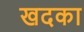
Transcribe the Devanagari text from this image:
खदका